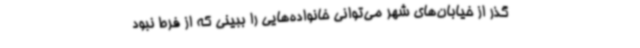
گذر از خیابان‌های شهر می‌توانی خانواده‌هایی را ببینی که از فرط نبود